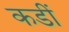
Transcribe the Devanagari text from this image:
कडीं